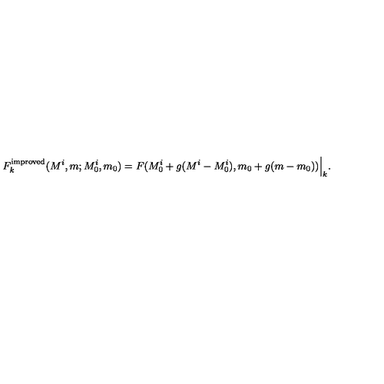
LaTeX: F _ { k } ^ { \mathrm { i m p r o v e d } } ( M ^ { i } , m ; M _ { 0 } ^ { i } , m _ { 0 } ) = F ( M _ { 0 } ^ { i } + g ( M ^ { i } - M _ { 0 } ^ { i } ) , m _ { 0 } + g ( m - m _ { 0 } ) ) \Big | _ { k } .